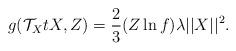
LaTeX: \begin{align*}g(\mathcal{T}_{X}tX, Z)=\frac{2}{3}(Z\ln f)\lambda\vert\vert X \vert\vert^{2}.\end{align*}